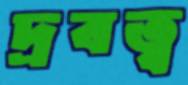
দ্রবত্ব